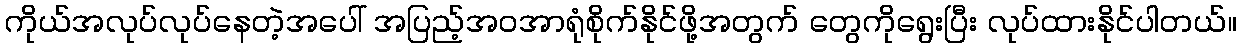
ကိုယ်အလုပ်လုပ်နေတဲ့အပေါ် အပြည့်အဝအာရုံစိုက်နိုင်ဖို့အတွက် တွေကိုရွေးပြီး လုပ်ထားနိုင်ပါတယ်။